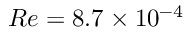
R e = 8 . 7 \times 1 0 ^ { - 4 }